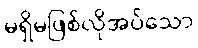
မရှိမဖြစ်လိုအပ်သော